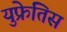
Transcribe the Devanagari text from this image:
युफ्रेतिस